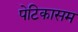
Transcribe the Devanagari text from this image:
पेटिकासम